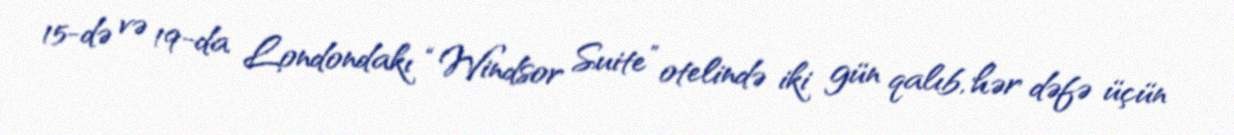
15-də və 19-da Londondakı “Windsor Suite” otelində iki gün qalıb, hər dəfə üçün